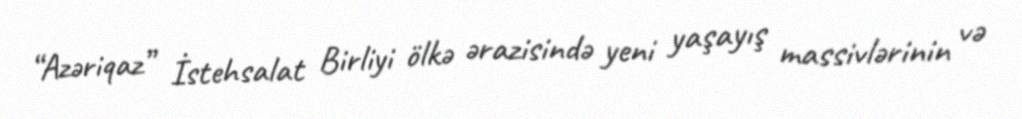
“Azəriqaz” İstehsalat Birliyi ölkə ərazisində yeni yaşayış massivlərinin və